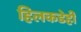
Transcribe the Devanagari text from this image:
हिलकडेही